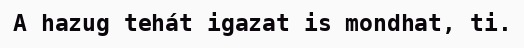
A hazug tehát igazat is mondhat, ti.